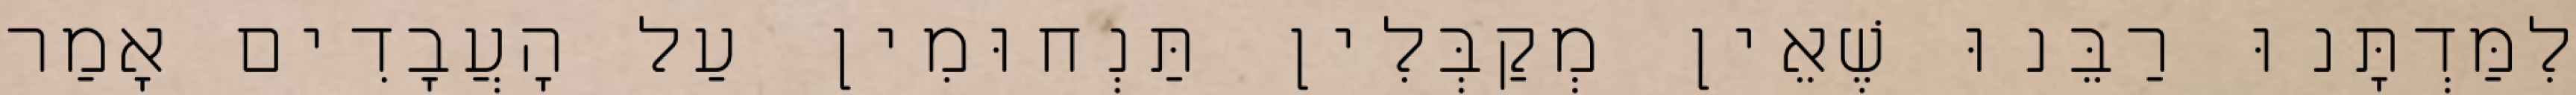
לִמַּדְתָּנוּ רַבֵּנוּ שֶׁאֵין מְקַבְּלִין תַּנְחוּמִין עַל הָעֲבָדִים אָמַר